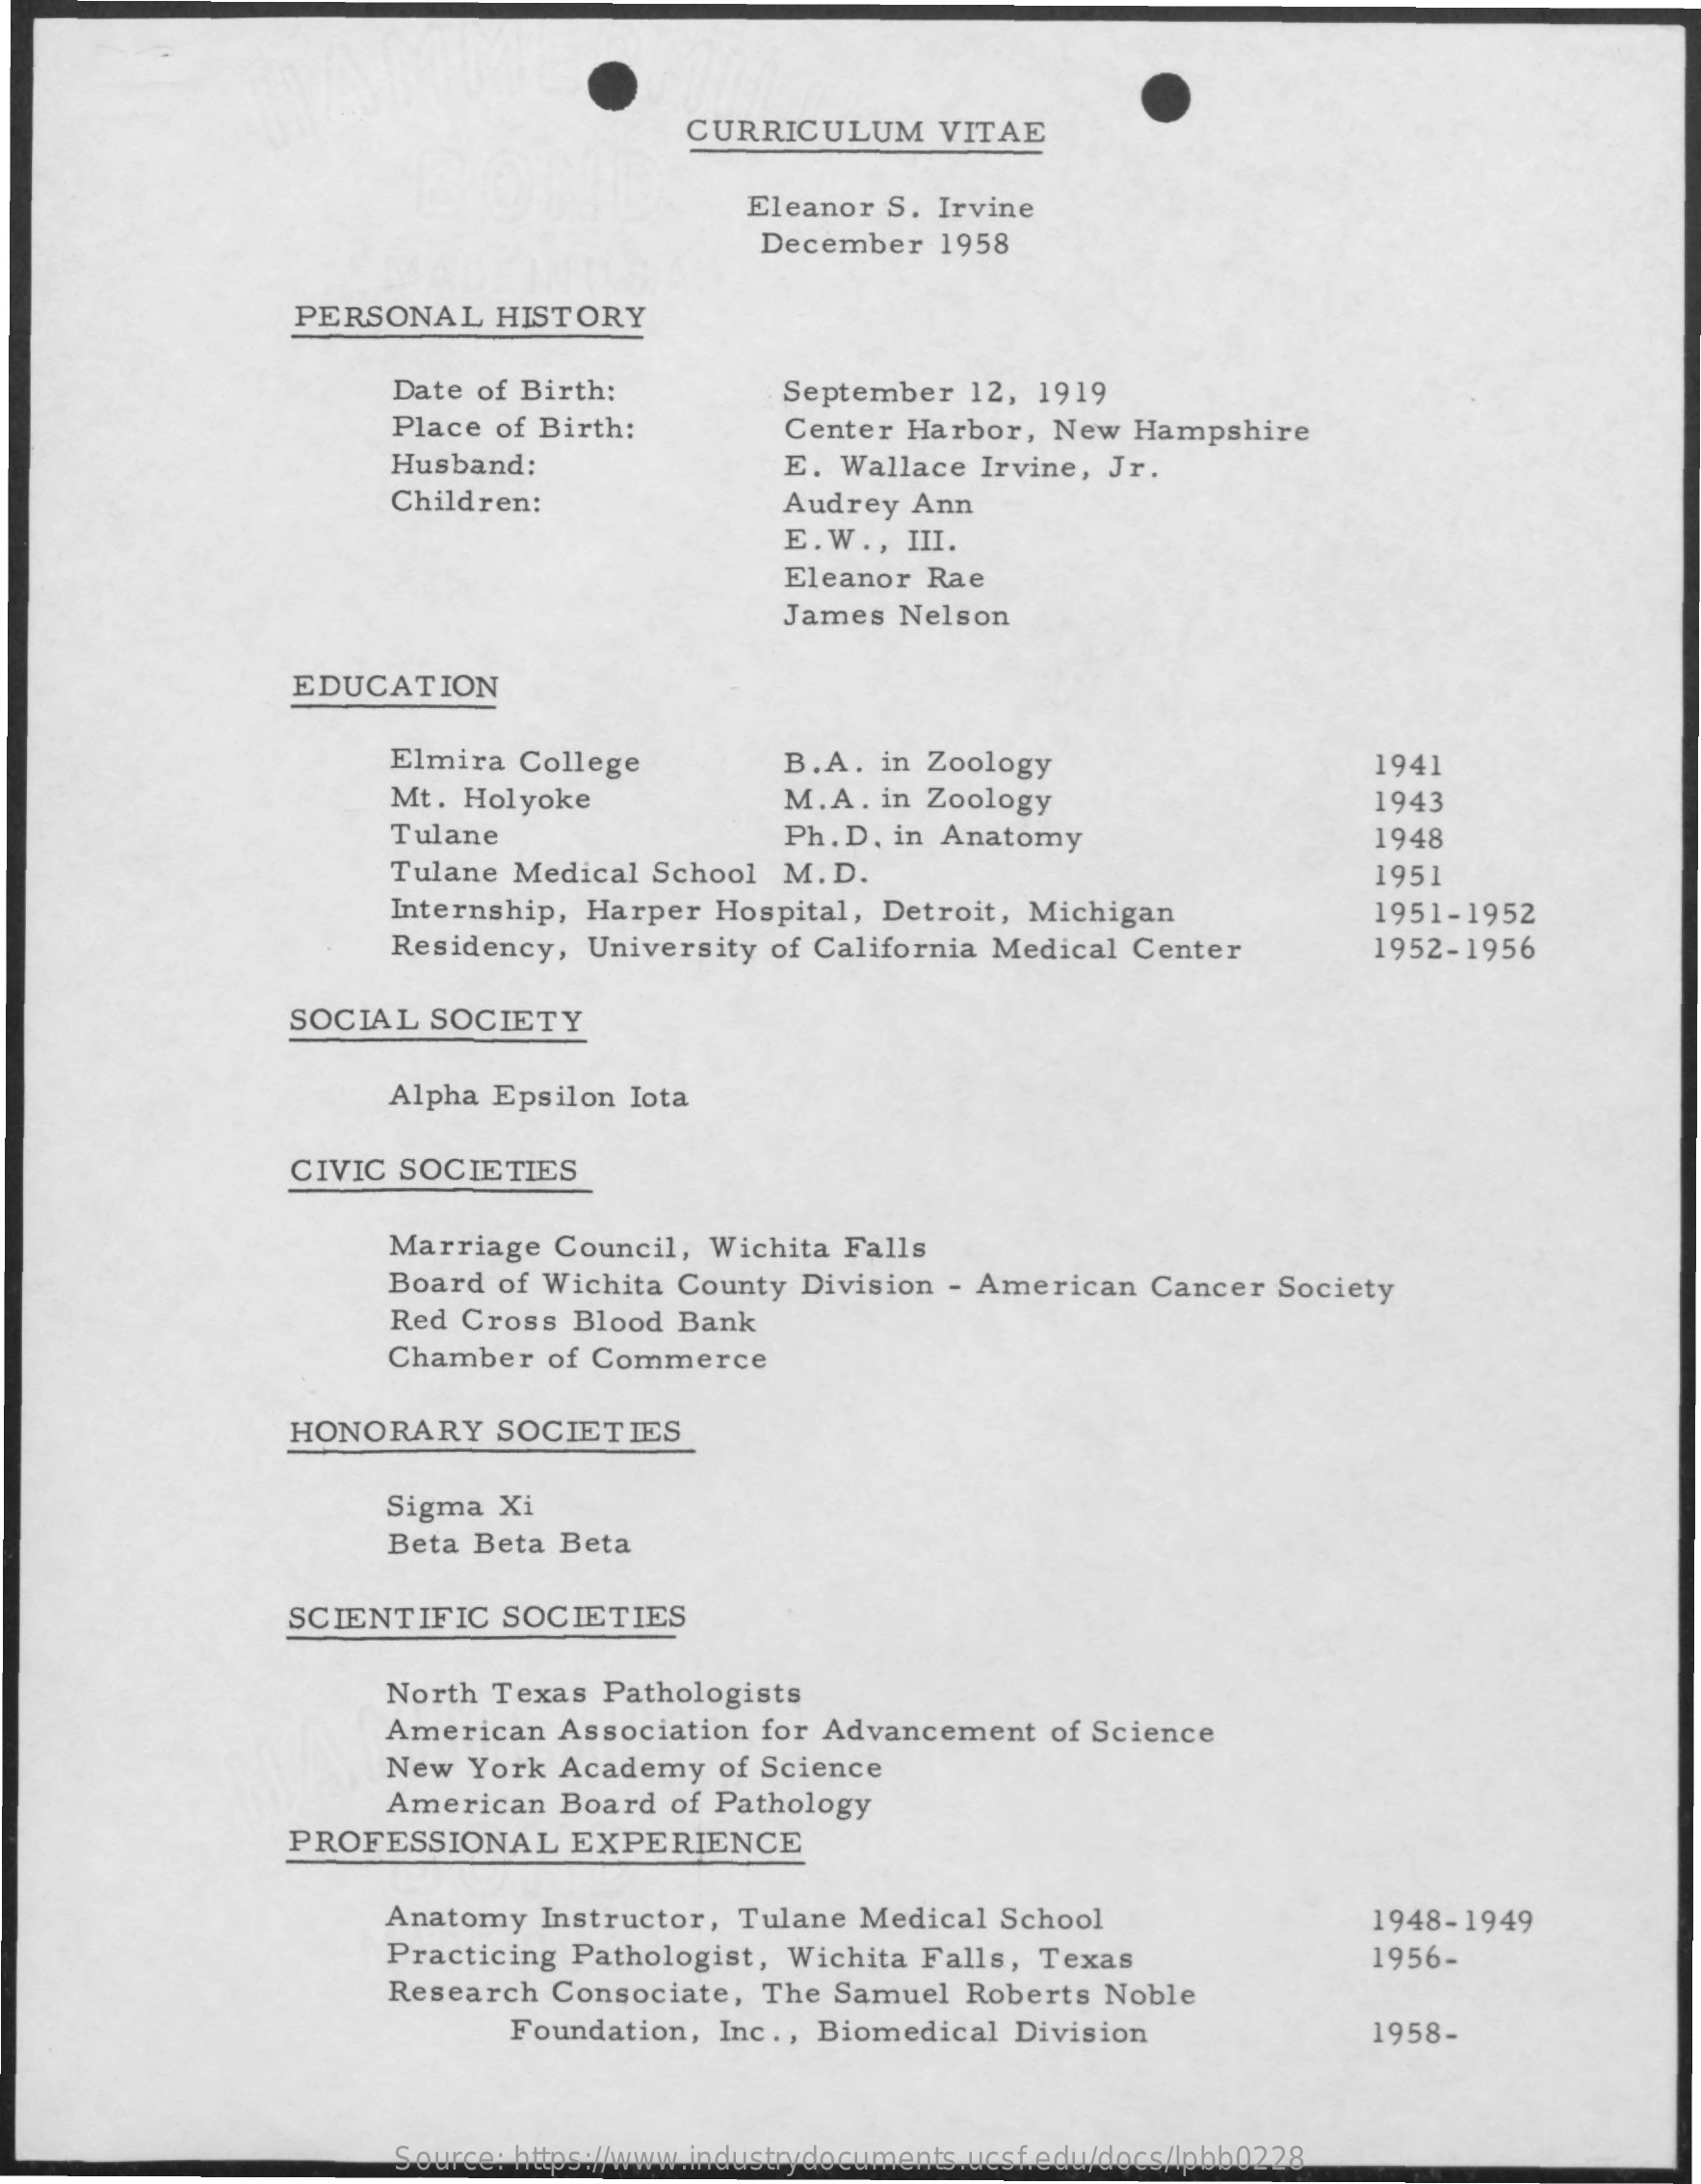
CURRICULUM    VITAE
     Eleanor S.  Irvine
     December    1958
     PERSONAL    HISTORY
     Date of Birth:    September   12, 1919
     Place of Birth:    Center  Harbor,  New  Hampshire
     Husband:    E. Wallace   Irvine, Jr.
     Children:    Audrey  Ann
     E.W  ., III.
     Eleanor  Rae
     James  Nelson
     EDUCATION
     Elmira  College    B.A.  in Zoology    1941
     Mt. Holyoke    M.A.  in Zoology    1943
     Tulane    Ph.D.  in Anatomy    1948
     Tulane Medical  School   M.D.    1951
     Internship, Harper  Hospital,  Detroit,  Michigan    1951-1952
     Residency,  University  of California Medical  Center    1952-1956
     SOCIAL   SOCIETY
     Alpha Epsilon  Iota
     CIVIC  SOCIETIES
     Marriage   Council,  Wichita  Falls
     Board  of Wichita  County  Division  - American   Cancer  Society
     Red Cross  Blood  Bank
     Chamber    of Commerce
     HONORARY    SOCIETIES
     Sigma  Xi
     Beta  Beta Beta
     SCIENTIFIC    SOCIETIES
     North  Texas  Pathologists
     American   Association  for Advancement    of Science
     New  York  Academy    of Science
     American   Board  of Pathology
     PROFESSIONAL    EXPERIENCE
     Anatomy   Instructor,  Tulane  Medical  School    1948-1949
     Practicing  Pathologist,  Wichita  Falls, Texas    1956-
     Research   Consociate,   The Samuel   Roberts  Noble
     Foundation,   Inc ., Biomedical  Division    1958-
     Source: https://www.industrydocuments.ucsf.edu/docs/lpbb0228